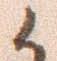
候